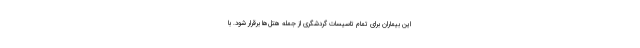
این بیماران برای تمام تاسیسات گردشگری از جمله هتل‌ها برقرار شود. با